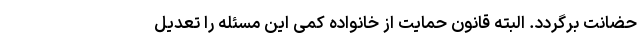
حضانت برگردد. البته قانون حمایت از خانواده کمی این مسئله را تعدیل